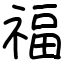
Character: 福